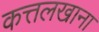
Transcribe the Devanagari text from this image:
कत्तलखाना